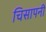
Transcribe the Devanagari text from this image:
चिसापनी